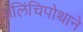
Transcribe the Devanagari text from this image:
अलिंचिपोथाने